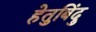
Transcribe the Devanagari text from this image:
हेतुबिंदु